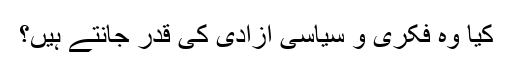
کیا وہ فکری و سیاسی آزادی کی قدر جانتے ہیں؟